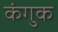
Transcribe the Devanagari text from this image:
कंगुक